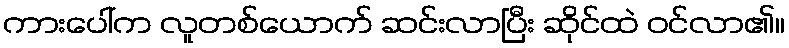
ကားပေါ်က လူတစ်ယောက် ဆင်းလာပြီး ဆိုင်ထဲ ဝင်လာ၏။